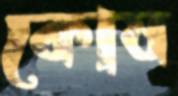
কোষ